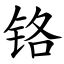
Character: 铬